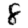
Digit: 8